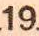
19